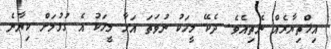
އިޚްތިޔާރެއް ނެތިއެވެ. ދެކޭ މީހަކު ނުވަތަ އަހާ މީހަކު އެ ގުޅުމަށް ކިޔާނެ